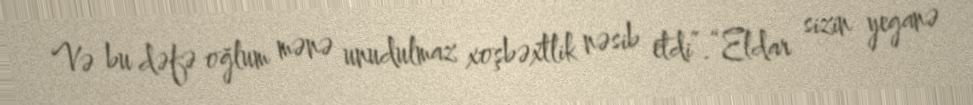
Və bu dəfə oğlum mənə unudulmaz xoşbəxtlik nəsib etdi”.“Eldar sizin yeganə